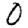
Digit: 0